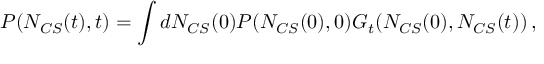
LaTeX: { \cal P } ( N _ { C S } ( t ) , t ) = \int d N _ { C S } ( 0 ) { \cal P } ( N _ { C S } ( 0 ) , 0 ) G _ { t } ( N _ { C S } ( 0 ) , N _ { C S } ( t ) ) \, ,